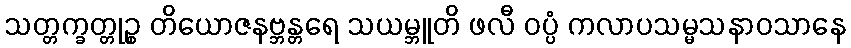
သတ္တက္ခတ္တုဉ္စ တိယောဇနဗ္ဘန္တရေ သယမ္ဘူတိ ဖလီ ဝပ္ပံ ကလာပသမ္မသနာဝသာနေ